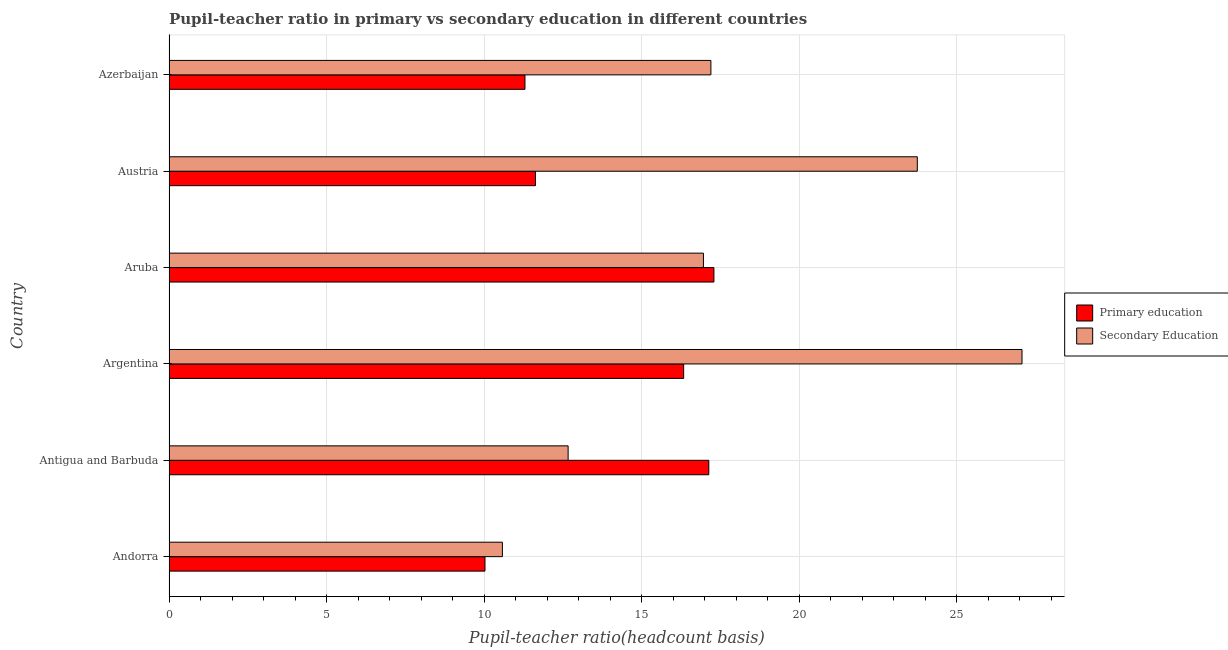
| Country | Primary education | Secondary Education |
 | --- | --- | --- |
 | Andorra | 10 | 10.6 |
 | Antigua and Barbuda | 17.1 | 12.7 |
 | Argentina | 16.3 | 27.1 |
 | Aruba | 17.3 | 17 |
 | Austria | 11.6 | 23.7 |
 | Azerbaijan | 11.3 | 17.2 |